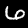
Label: 6